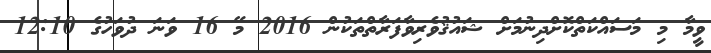
ވީމާ މި މަސައްކަތްކޮށްދިނުމަށް ޝައުޤުވެރިވާފަރާތްތަކުން 2016 މޭ 16 ވަނަ ދުވަހުގެ 12:10